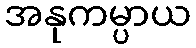
အနုကမ္ပာယ